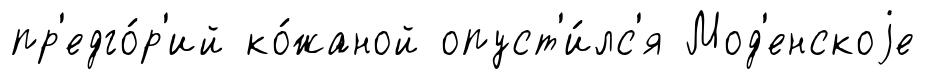
пр'едго́р'ий ко́жаной опуст'и́лс'я Мод'енскоjе